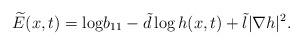
LaTeX: \begin{align*}\widetilde{E}(x,t)={\rm log}b_{11}-\tilde{d}\log h(x,t)+\tilde{l}|\nabla h|^{2}.\end{align*}